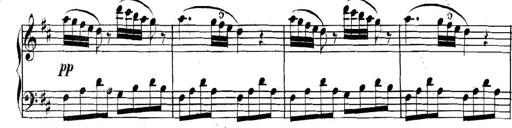
Title: Collected Piano Sonatas
Composer: Muzio Clementi